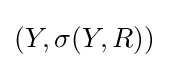
(Y,\sigma (Y,R))